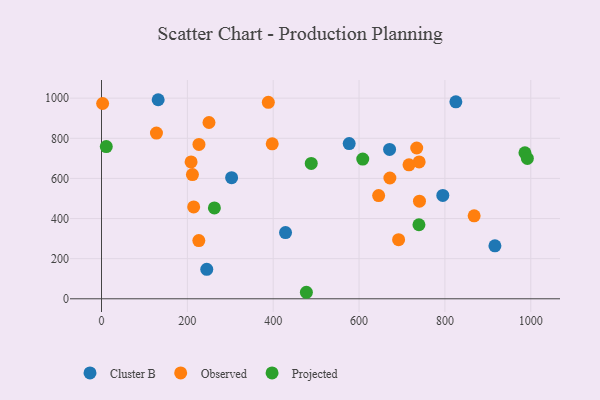
{"axis": {"x": "Experience", "y": "Sales"}, "legend": ["Cluster B", "Observed", "Projected"], "data": [{"x": "825.5", "y": 981.9, "type": "Cluster B"}, {"x": "795.1", "y": 515.4, "type": "Cluster B"}, {"x": "916.5", "y": 264.2, "type": "Cluster B"}, {"x": "303.1", "y": 603.9, "type": "Cluster B"}, {"x": "577.0", "y": 773.7, "type": "Cluster B"}, {"x": "428.7", "y": 330.0, "type": "Cluster B"}, {"x": "671.1", "y": 744.6, "type": "Cluster B"}, {"x": "245.2", "y": 146.8, "type": "Cluster B"}, {"x": "132.0", "y": 992.3, "type": "Cluster B"}, {"x": "734.3", "y": 751.7, "type": "Observed"}, {"x": "250.4", "y": 878.8, "type": "Observed"}, {"x": "128.0", "y": 826.3, "type": "Observed"}, {"x": "2.6", "y": 973.5, "type": "Observed"}, {"x": "740.0", "y": 682.1, "type": "Observed"}, {"x": "868.1", "y": 413.5, "type": "Observed"}, {"x": "226.7", "y": 290.4, "type": "Observed"}, {"x": "645.6", "y": 514.3, "type": "Observed"}, {"x": "388.6", "y": 979.1, "type": "Observed"}, {"x": "692.1", "y": 294.5, "type": "Observed"}, {"x": "211.8", "y": 619.1, "type": "Observed"}, {"x": "227.0", "y": 769.5, "type": "Observed"}, {"x": "716.3", "y": 668.0, "type": "Observed"}, {"x": "397.7", "y": 772.3, "type": "Observed"}, {"x": "740.7", "y": 486.8, "type": "Observed"}, {"x": "671.8", "y": 602.2, "type": "Observed"}, {"x": "208.7", "y": 682.4, "type": "Observed"}, {"x": "214.7", "y": 458.1, "type": "Observed"}, {"x": "263.0", "y": 452.8, "type": "Projected"}, {"x": "477.3", "y": 32.5, "type": "Projected"}, {"x": "608.6", "y": 696.5, "type": "Projected"}, {"x": "488.6", "y": 674.9, "type": "Projected"}, {"x": "986.4", "y": 728.1, "type": "Projected"}, {"x": "992.1", "y": 699.5, "type": "Projected"}, {"x": "11.1", "y": 758.9, "type": "Projected"}, {"x": "739.5", "y": 369.1, "type": "Projected"}]}